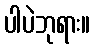
ပါပဲဘုရား။